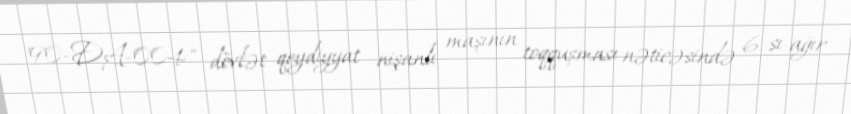
"90-DA-004" dövlət qeydiyyat nişanlı maşının toqquşması nəticəsində 6-sı ağır